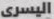
اليسرى